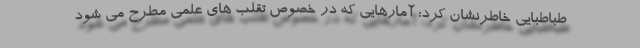
طباطبایی خاطرنشان کرد: آمارهایی که در خصوص تقلب های علمی مطرح می شود